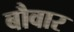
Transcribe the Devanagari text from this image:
बौवार